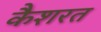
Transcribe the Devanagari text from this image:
कैशरत